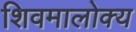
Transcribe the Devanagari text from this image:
शिवमालोक्य